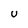
Character: U